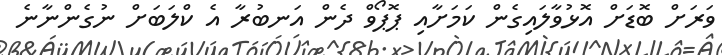
ވަރަށް ބޮޑަށް އޮޅުވާލައިގެން ކަމަށާއި ޕޮޕޯވް ދެން އަނބުރާ އެ ކްލަބަށް ނުގެންނާނެ